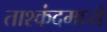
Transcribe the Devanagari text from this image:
ताश्कंदमध्ये